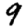
Digit: 9